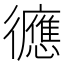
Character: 㣹